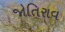
જોતિરાવ